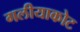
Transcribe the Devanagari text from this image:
गलीयाकोट